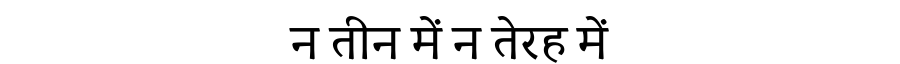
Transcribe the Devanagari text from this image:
न तीन में न तेरह में